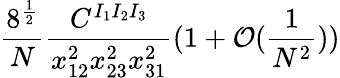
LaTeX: \frac{8^{\frac{1}{2}}}{N}\frac{C^{I_{1}I_{2}I_{3}}}{x_{12}^{2}x_{23}^{2}x_{31}^{2}}(1+\mathcal{O}(\frac{1}{N^{2}}))